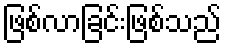
ဖြစ်လာခြင်းဖြစ်သည်